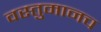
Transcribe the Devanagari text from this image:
वस्तुमानच